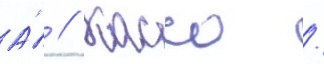
А́ // Кассо /